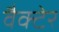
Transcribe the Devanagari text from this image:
वैक्टेर